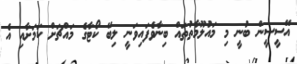
އޭސީސީން ބުނީ މި މައުލޫމާތުތައް ބިނާވެފައިވަނީ ލިބޭ ކޯޓާގެ މައްޗަށް ކަމަށާއި އެ